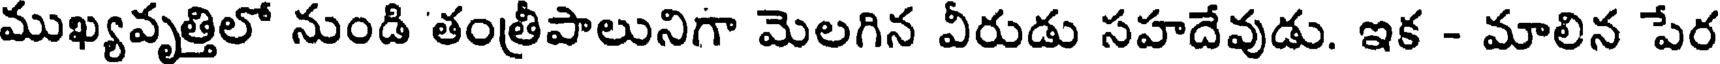
ముఖ్యవృత్తిలో నుండి తంత్రీపాలునిగా మెలగిన వీరుడు సహదేవుడు. ఇక - మాలిన పేర